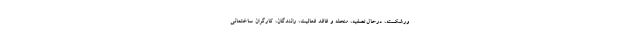
ورشکسته، درحال‌تصفیه، منحله و فاقد فعالیت، رانندگان، کارگران ساختمانی